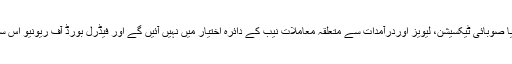
شہزاد اکبر نے کہا کہ وفاقی یا صوبائی ٹیکسیشن، لیویز اوردرآمدات سے متعلقہ معاملات نیب کے دائرہ اختیار میں نہیں آئیں گے اور فیڈرل بورڈ آف ریونیو اس سلسلے میں کارروائی کرے گا۔